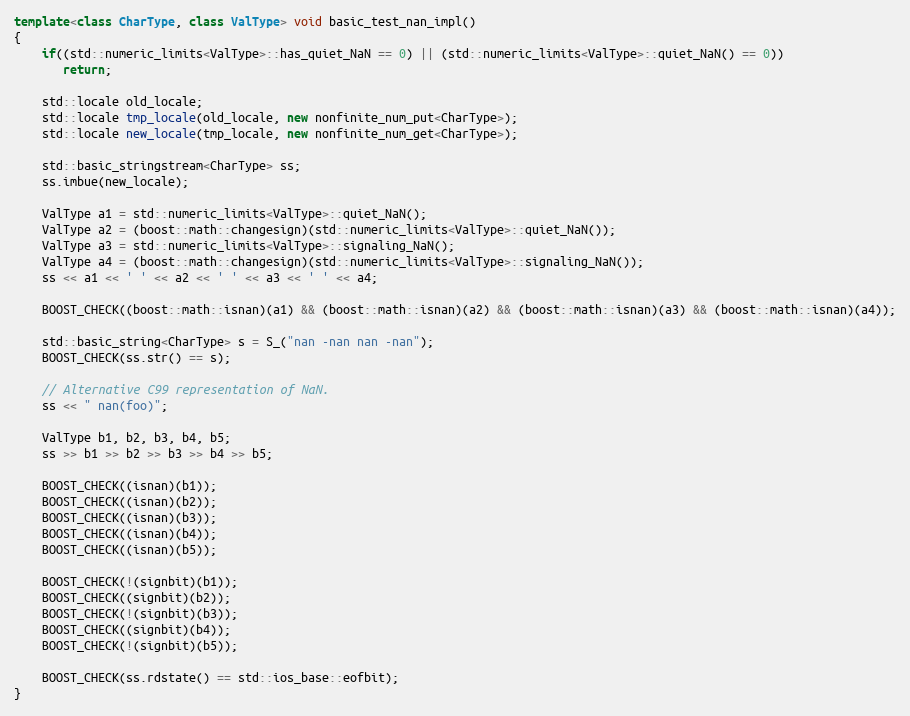
Language: C++
template<class CharType, class ValType> void basic_test_nan_impl()
{
    if((std::numeric_limits<ValType>::has_quiet_NaN == 0) || (std::numeric_limits<ValType>::quiet_NaN() == 0))
       return;

    std::locale old_locale;
    std::locale tmp_locale(old_locale, new nonfinite_num_put<CharType>);
    std::locale new_locale(tmp_locale, new nonfinite_num_get<CharType>);

    std::basic_stringstream<CharType> ss;
    ss.imbue(new_locale);

    ValType a1 = std::numeric_limits<ValType>::quiet_NaN();
    ValType a2 = (boost::math::changesign)(std::numeric_limits<ValType>::quiet_NaN());
    ValType a3 = std::numeric_limits<ValType>::signaling_NaN();
    ValType a4 = (boost::math::changesign)(std::numeric_limits<ValType>::signaling_NaN());
    ss << a1 << ' ' << a2 << ' ' << a3 << ' ' << a4;

    BOOST_CHECK((boost::math::isnan)(a1) && (boost::math::isnan)(a2) && (boost::math::isnan)(a3) && (boost::math::isnan)(a4));

    std::basic_string<CharType> s = S_("nan -nan nan -nan");
    BOOST_CHECK(ss.str() == s);

    // Alternative C99 representation of NaN.
    ss << " nan(foo)";

    ValType b1, b2, b3, b4, b5;
    ss >> b1 >> b2 >> b3 >> b4 >> b5;

    BOOST_CHECK((isnan)(b1));
    BOOST_CHECK((isnan)(b2));
    BOOST_CHECK((isnan)(b3));
    BOOST_CHECK((isnan)(b4));
    BOOST_CHECK((isnan)(b5));

    BOOST_CHECK(!(signbit)(b1));
    BOOST_CHECK((signbit)(b2));
    BOOST_CHECK(!(signbit)(b3));
    BOOST_CHECK((signbit)(b4));
    BOOST_CHECK(!(signbit)(b5));

    BOOST_CHECK(ss.rdstate() == std::ios_base::eofbit);
}